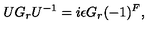
U G _ { r } U ^ { - 1 } = i \epsilon G _ { r } ( - 1 ) ^ { F } ,